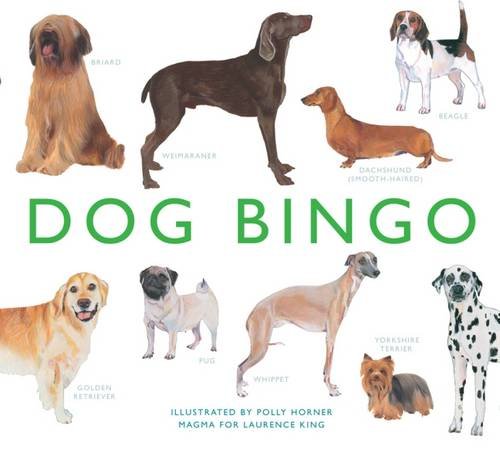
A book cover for Dog Bingo; Humor & Entertainment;